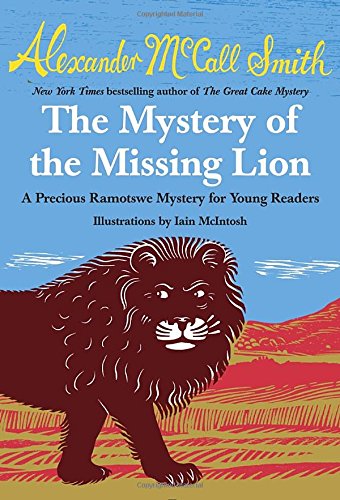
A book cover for The Mystery of the Missing Lion: A Precious Ramotswe Mystery for Young Readers; Alexander McCall Smith; Children's Books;